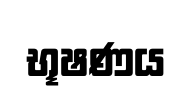
භූෂණය